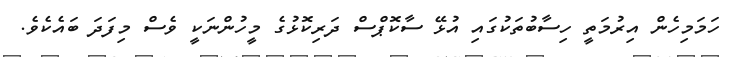
ހަމަމިހެން އިރުމަތީ ހިސާބުތަކުގައި އުޅޭ ސާކޮޕްސް ދަރިކޮޅުގެ މީހުންނަކީ ވެސް މިފަދަ ބައެކެވެ.